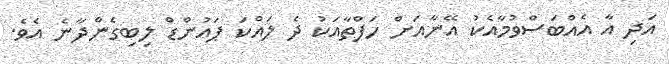
އަދި އާ އެއްބަސްވުމާއެކު އޭނާއަށް ހަފްތާއަކު ދެ ލައްކަ ޕައުންޑް ލިބިގެންދާނެ އެވެ.